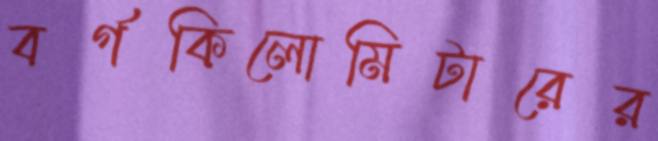
বর্গকিলোমিটারের